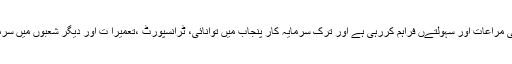
پنجاب حکومت غیر ملکی سرمایہ کاروں کو خصوصی مراعات اور سہولتےں فراہم کررہی ہے اور ترک سرمایہ کار پنجاب میں توانائی، ٹرانسپورٹ ،تعمیرا ت اور دیگر شعبوں میں سرمایہ کاری کے شاندار مواقع سے فائدہ اُٹھا سکتے ہیں۔